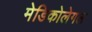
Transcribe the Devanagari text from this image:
मेडिकोलेगल